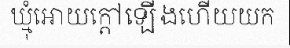
ឃ្មុំអោយក្តៅឡើងហើយយក